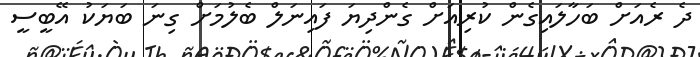
ދެ ރެއަށް ބަހާލައިގެން ކުރިއަށް ގެންދިޔަ ފައިނަލް ބެލުމަށް ގިނަ ބަޔަކު އޭބީސީ